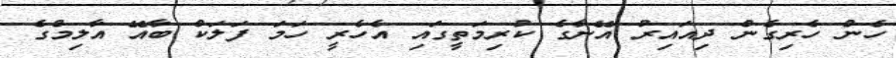
ހެން ހެރިގެން ދިއައިރު އޭނާގެ ކުރިމަތީގައި އެހެރީ ހަމަ ފަލަކް ބާއޭ އާލިމްގެ